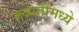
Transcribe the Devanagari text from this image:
तब्यतीमध्ये